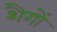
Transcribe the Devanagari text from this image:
शैगों